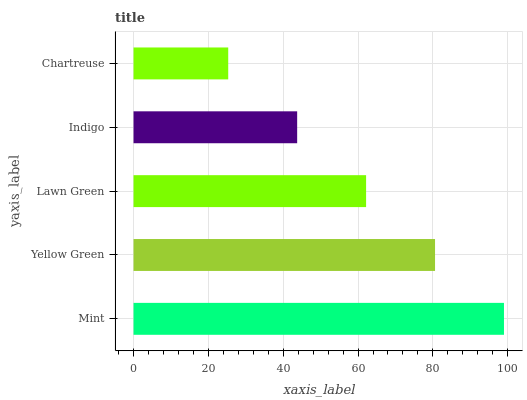
| yaxis_label | bars |
 | --- | --- |
 | Mint | 99 |
 | Yellow Green | 80.6 |
 | Lawn Green | 62.2 |
 | Indigo | 43.7 |
 | Chartreuse | 25.3 |